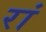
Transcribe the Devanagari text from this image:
रां